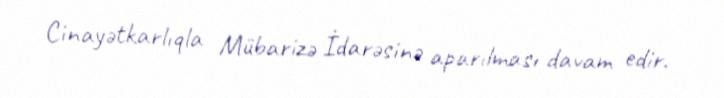
Cinayətkarlıqla Mübarizə İdarəsinə aparılması davam edir.